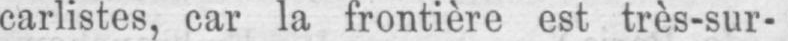
carlistes, car la frontière est très-sur-